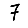
Digit: 7